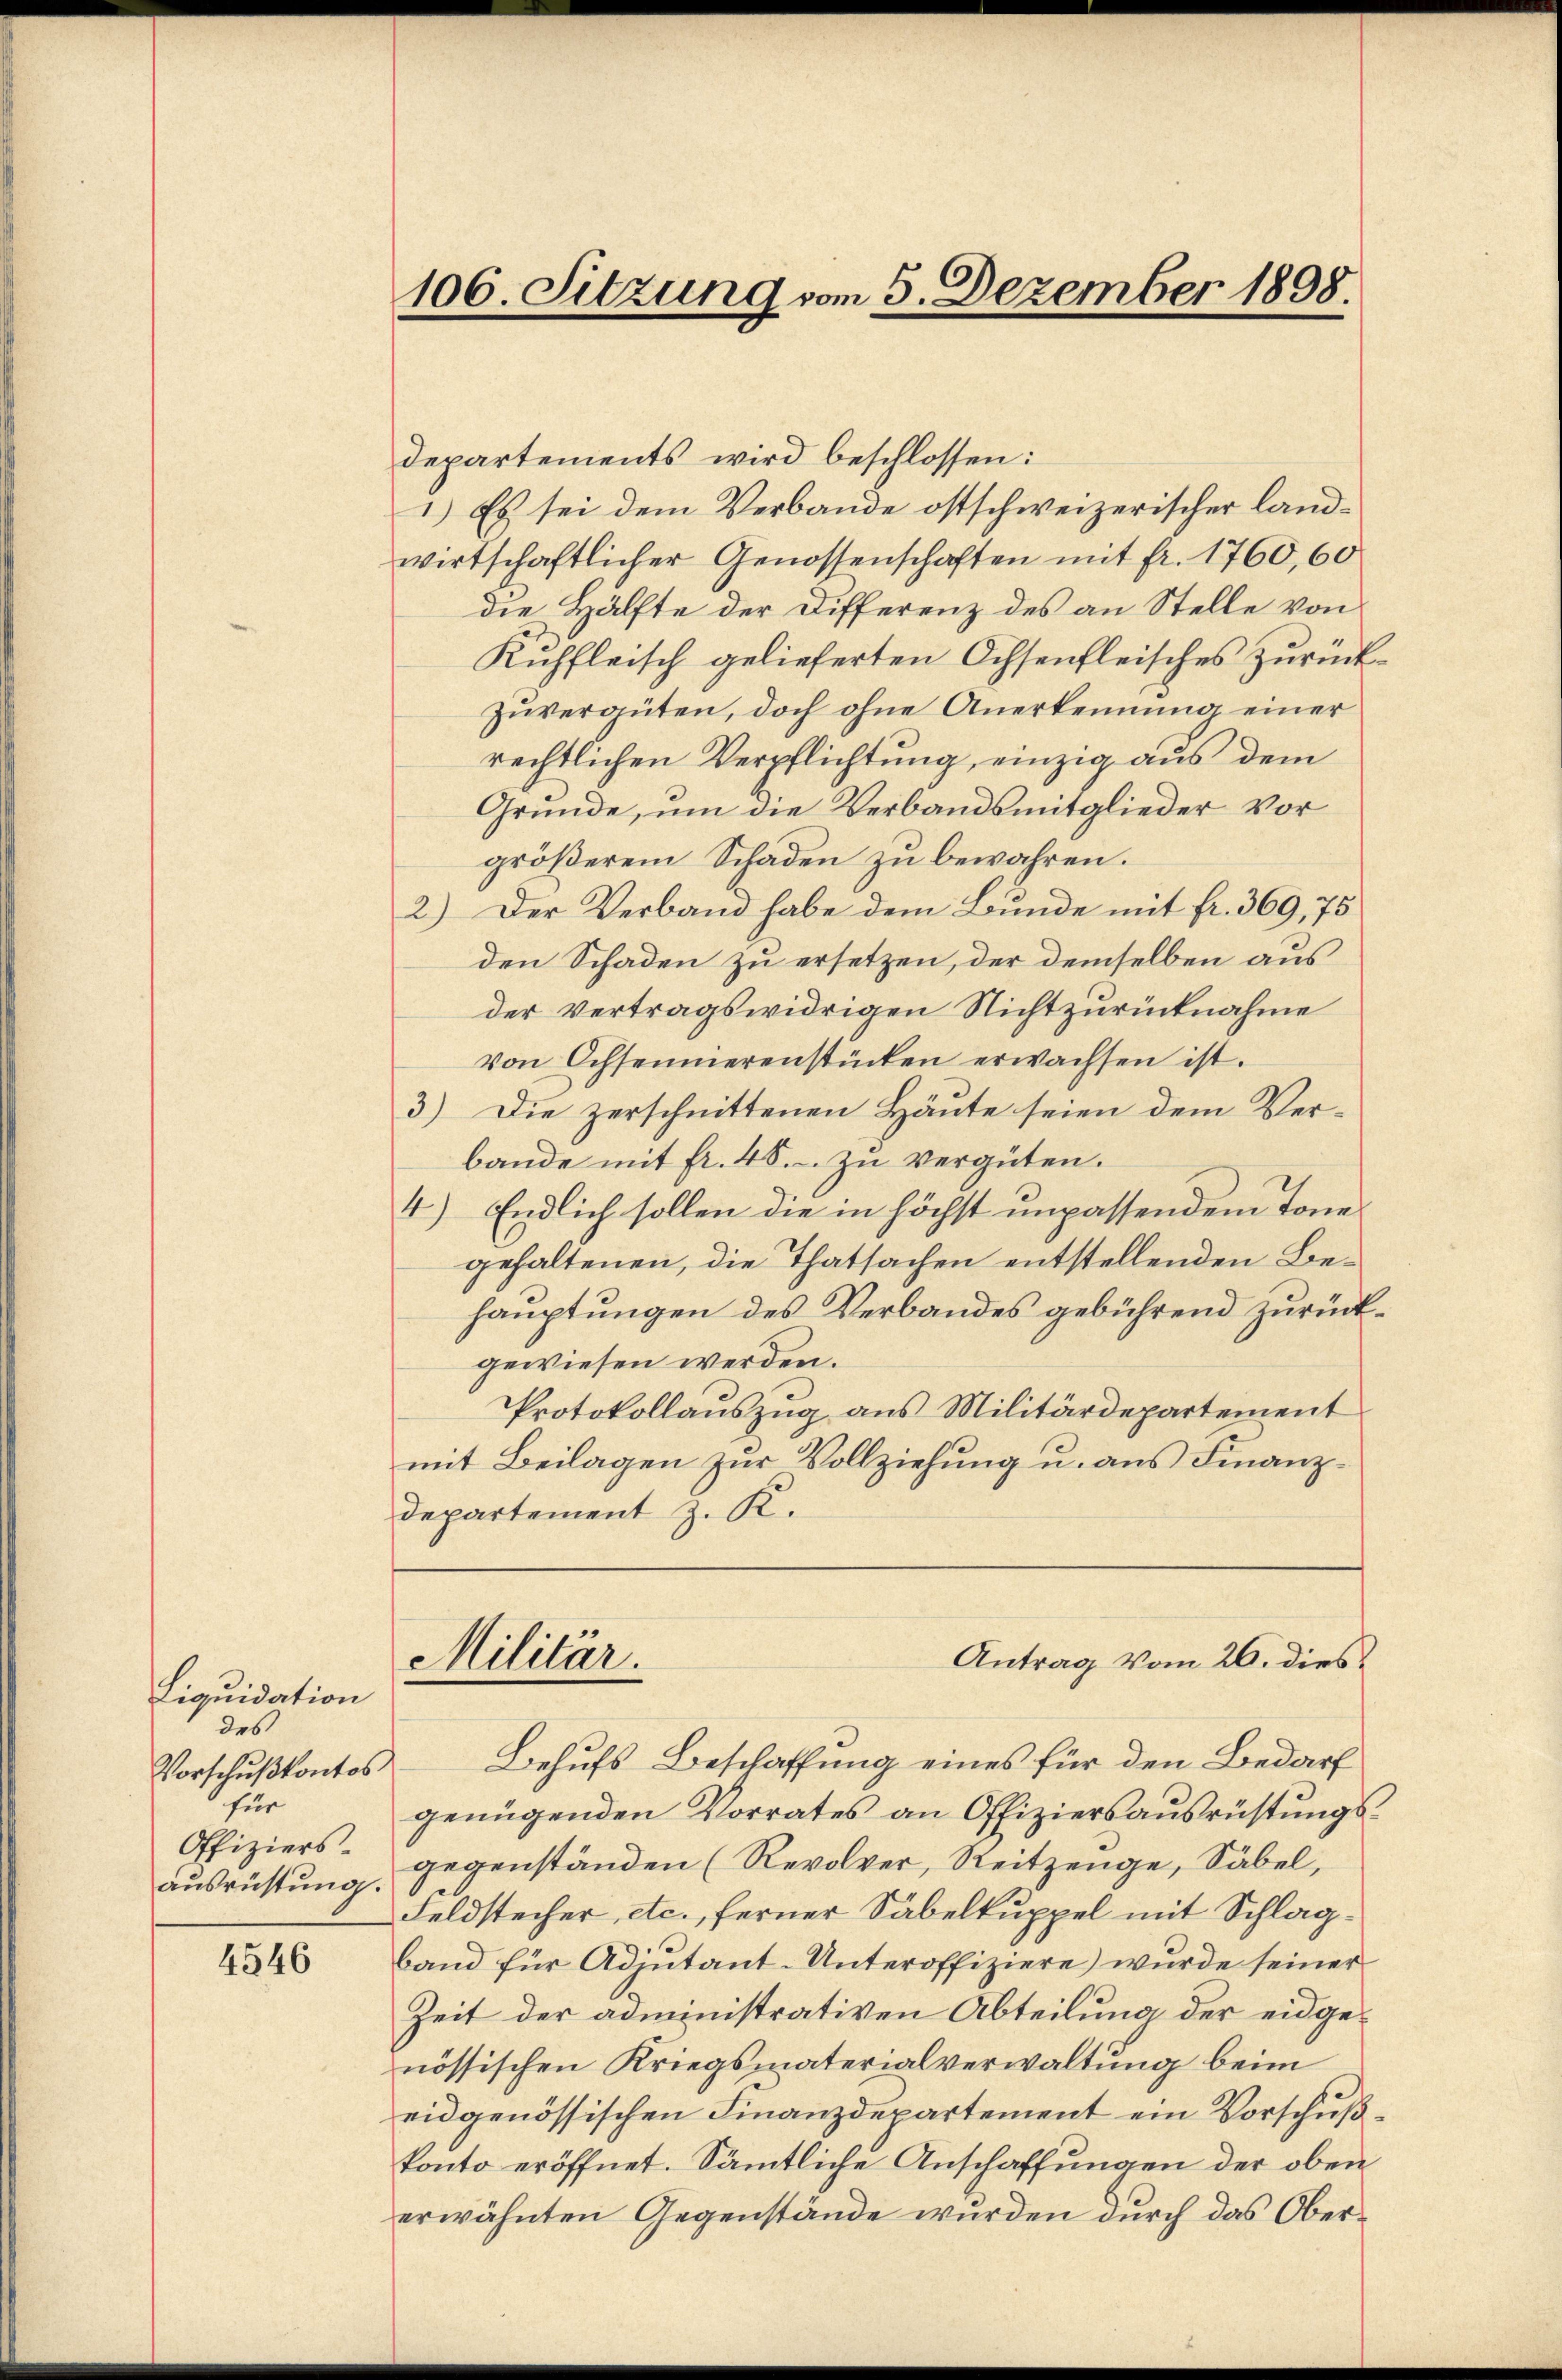
Liquidation
des
Vorschußkontos
für
Offiziers-
ausrüstung.

4546

106. Sitzung vom 5. Dezember 1898.

departements wird beschlossen:
1.) Es sei dem Verbande ostschweizerischer landwirtschaftlicher Genossenschaften mit fr. 1760, 60
die Hälfte der Differenz des an Stelle von
Kuffleisch gelieferten Ochsenfleisches zurück¬
Zuvergüten, doch ohne Anerkennung einer
rechtlichen Verpflichtung, einzig aus dem
Gründe, um die Verbandsmitglieder Vorgrößerem Schaden zu bewahren.
2.) Der Verband habe dem Bunde mit fr. 369, 75
den Schaden zu ersetzen, der demselben aus
der vertragswidrigen Nichtzurücknahme
von Ochsennierenstücken erwachsen ist.
3) Die zerschnittenen Häute seien dem Verbande mit fr. 48. zu vergüten.
4) Endlich sollen die in höchst unpassendem Tone
gehaltenen, die Thatsachen entstellenden Behauptungen des Verbandes gebührend zurückgewiesen werden.
Protokollauszug aus Militärdepartement
mit Beilagen zur Vollziehung u. aus Finanz¬
Departement z. K.
Antrag vom 26. dies
Militär.
Behufs Beschaffung eines für den Bedarf
genügenden Vorrates an Offiziersausrüstungsgegenständen (Revolver, Reitzeuge, Säbel,
Feldstecher etc., ferner Säbelkuppel mit Schlagband für Adjutant-Unteroffiziere) wurde seiner
Zeit der administrativen Abteilung der eidgenössischen Kriegsmaterialverwaltung beim
eidgenössischen Finanzdepartement ein Vorschußkonto eröffnet. Sämtliche Anschaffungen der oben
erwähnten Gegenstände wurden durch das Ober¬